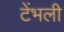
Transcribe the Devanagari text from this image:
टेंभली